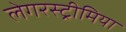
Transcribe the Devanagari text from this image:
लेगरस्ट्रीमिया